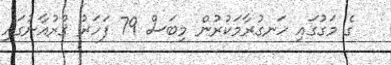
ގެ މަގުގައި ހަނގުރާމަކުރުން މިބަސް 79 ފަހަރު ޤުރުއާނުގައި